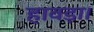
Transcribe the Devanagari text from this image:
हावड़ा।